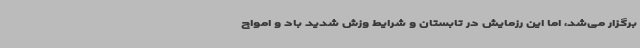
برگزار می‌شد، اما این رزمایش در تابستان و شرایط وزش شدید باد و امواج